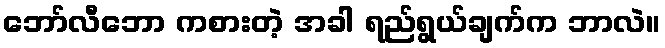
ဘော်လီဘော ကစားတဲ့ အခါ ရည်ရွယ်ချက်က ဘာလဲ။